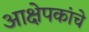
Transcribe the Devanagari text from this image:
आक्षेपकांचे